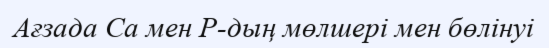
Ағзада Са мен Р-дың мөлшерi мен бөлiнуi